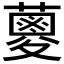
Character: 𮒈